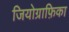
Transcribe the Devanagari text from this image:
जियोग्राफ़िका